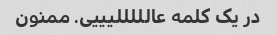
در یک کلمه عالللللیییی. ممنون